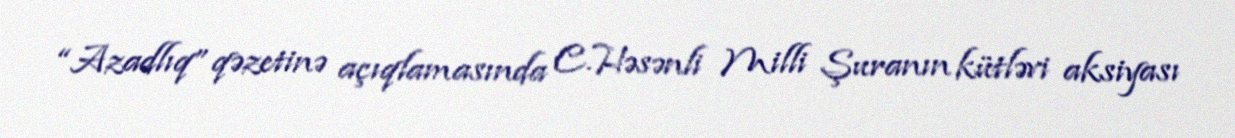
“Azadlıq” qəzetinə açıqlamasında C.Həsənli Milli Şuranın kütləvi aksiyası